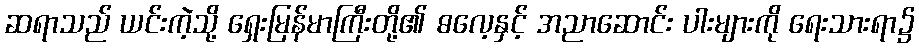
ဆရာသည် ယင်းကဲ့သို့ ရှေးမြန်မာကြီးတို့၏ ဓလေ့နှင့် အညာဆောင်း ပါးများကို ရေးသားရာ၌